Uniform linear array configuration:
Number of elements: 24
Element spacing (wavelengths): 0.25
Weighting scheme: uniform
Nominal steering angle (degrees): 30
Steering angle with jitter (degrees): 29.992
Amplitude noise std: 0.05
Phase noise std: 0.05

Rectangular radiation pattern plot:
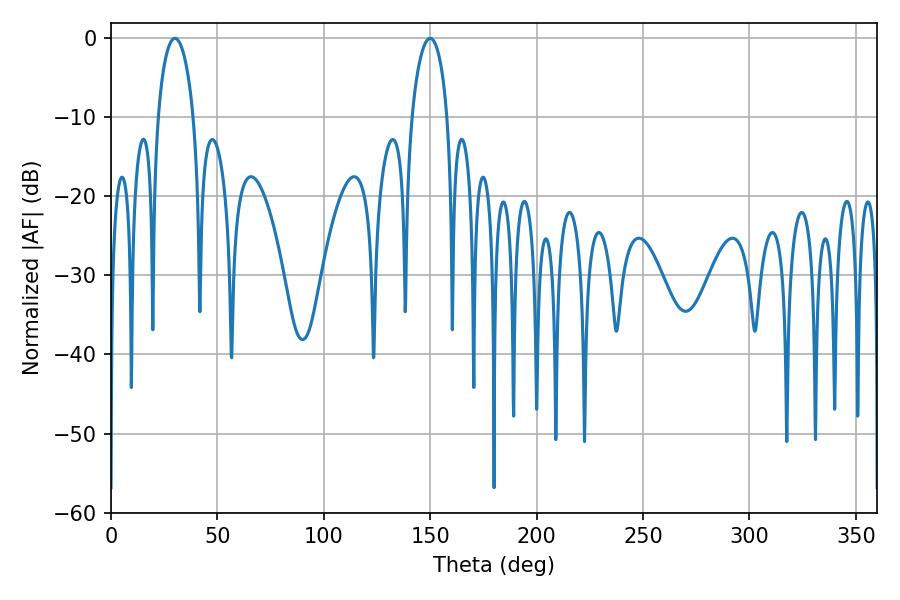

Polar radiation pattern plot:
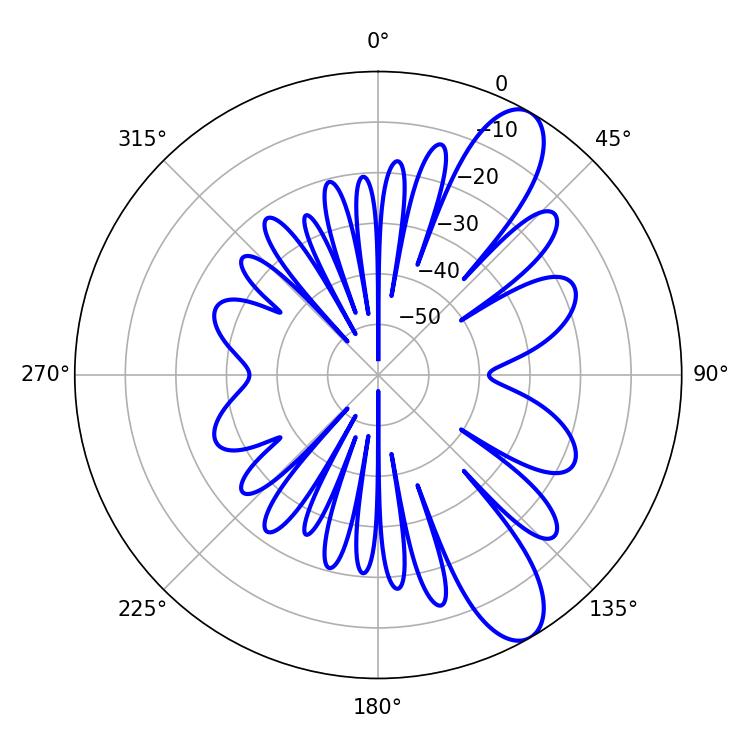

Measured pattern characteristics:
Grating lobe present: FALSE
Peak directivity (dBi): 10.211
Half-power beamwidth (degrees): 9.54
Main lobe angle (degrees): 30.06